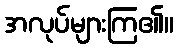
အလုပ်များကြ၏။